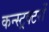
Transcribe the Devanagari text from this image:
कन्स्ट्रक्टरों